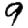
Digit: 9